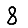
Digit: 8